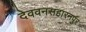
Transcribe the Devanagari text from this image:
देववनसहारनपुर